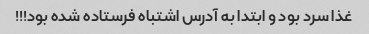
غذا سرد بود و ابتدا به آدرس اشتباه فرستاده شده بود!!!